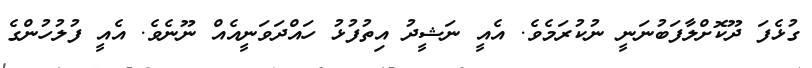
ގުޅެފަ ދޫކޮށްލާފަބުނަނީ ނުކުރަމެވެ. އެއީ ނަޝީދު އިތުފުޅު ހައްދަވަނީއެއް ނޫނެވެ. އެއީ ފުލުހުންގެ